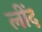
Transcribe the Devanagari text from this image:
लींद